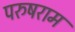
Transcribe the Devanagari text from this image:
परुषराम